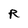
Character: R